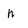
Character: n